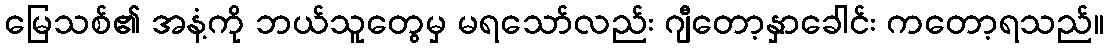
မြေသစ်၏ အနံ့ကို ဘယ်သူတွေမှ မရသော်လည်း ဂျီတော့နှာခေါင်း ကတော့ရသည်။